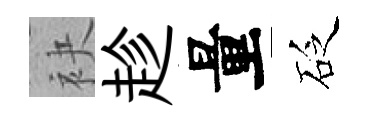
袂趁量砭